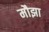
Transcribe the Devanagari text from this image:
मौझा